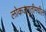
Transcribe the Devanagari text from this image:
लोकजागृतीमधील